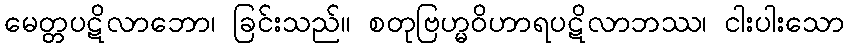
မေတ္တပဋိလာဘော၊ ခြင်းသည်။ စတုဗြဟ္မဝိဟာရပဋိလာဘဿ၊ ငါးပါးသော